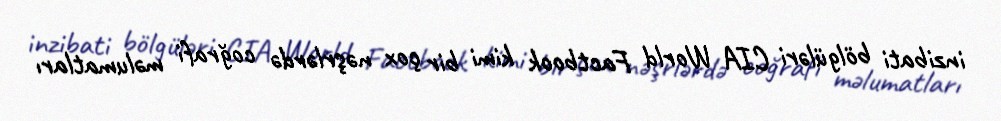
inzibati bölgüləri CIA World Factbook kimi bir çox nəşrlərdə coğrafi məlumatları